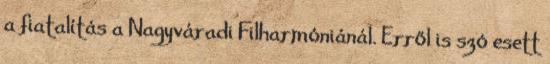
a fiatalítás a Nagyváradi Filharmóniánál. Erről is szó esett